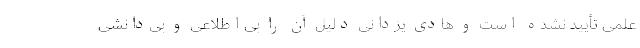
علمی تأیید نشده است و هادی یزدانی دلیل آن را بی‌اطلاعی و بی‌دانشی